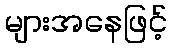
များအနေဖြင့်